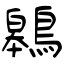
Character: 鷎